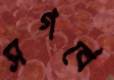
সগর্বে